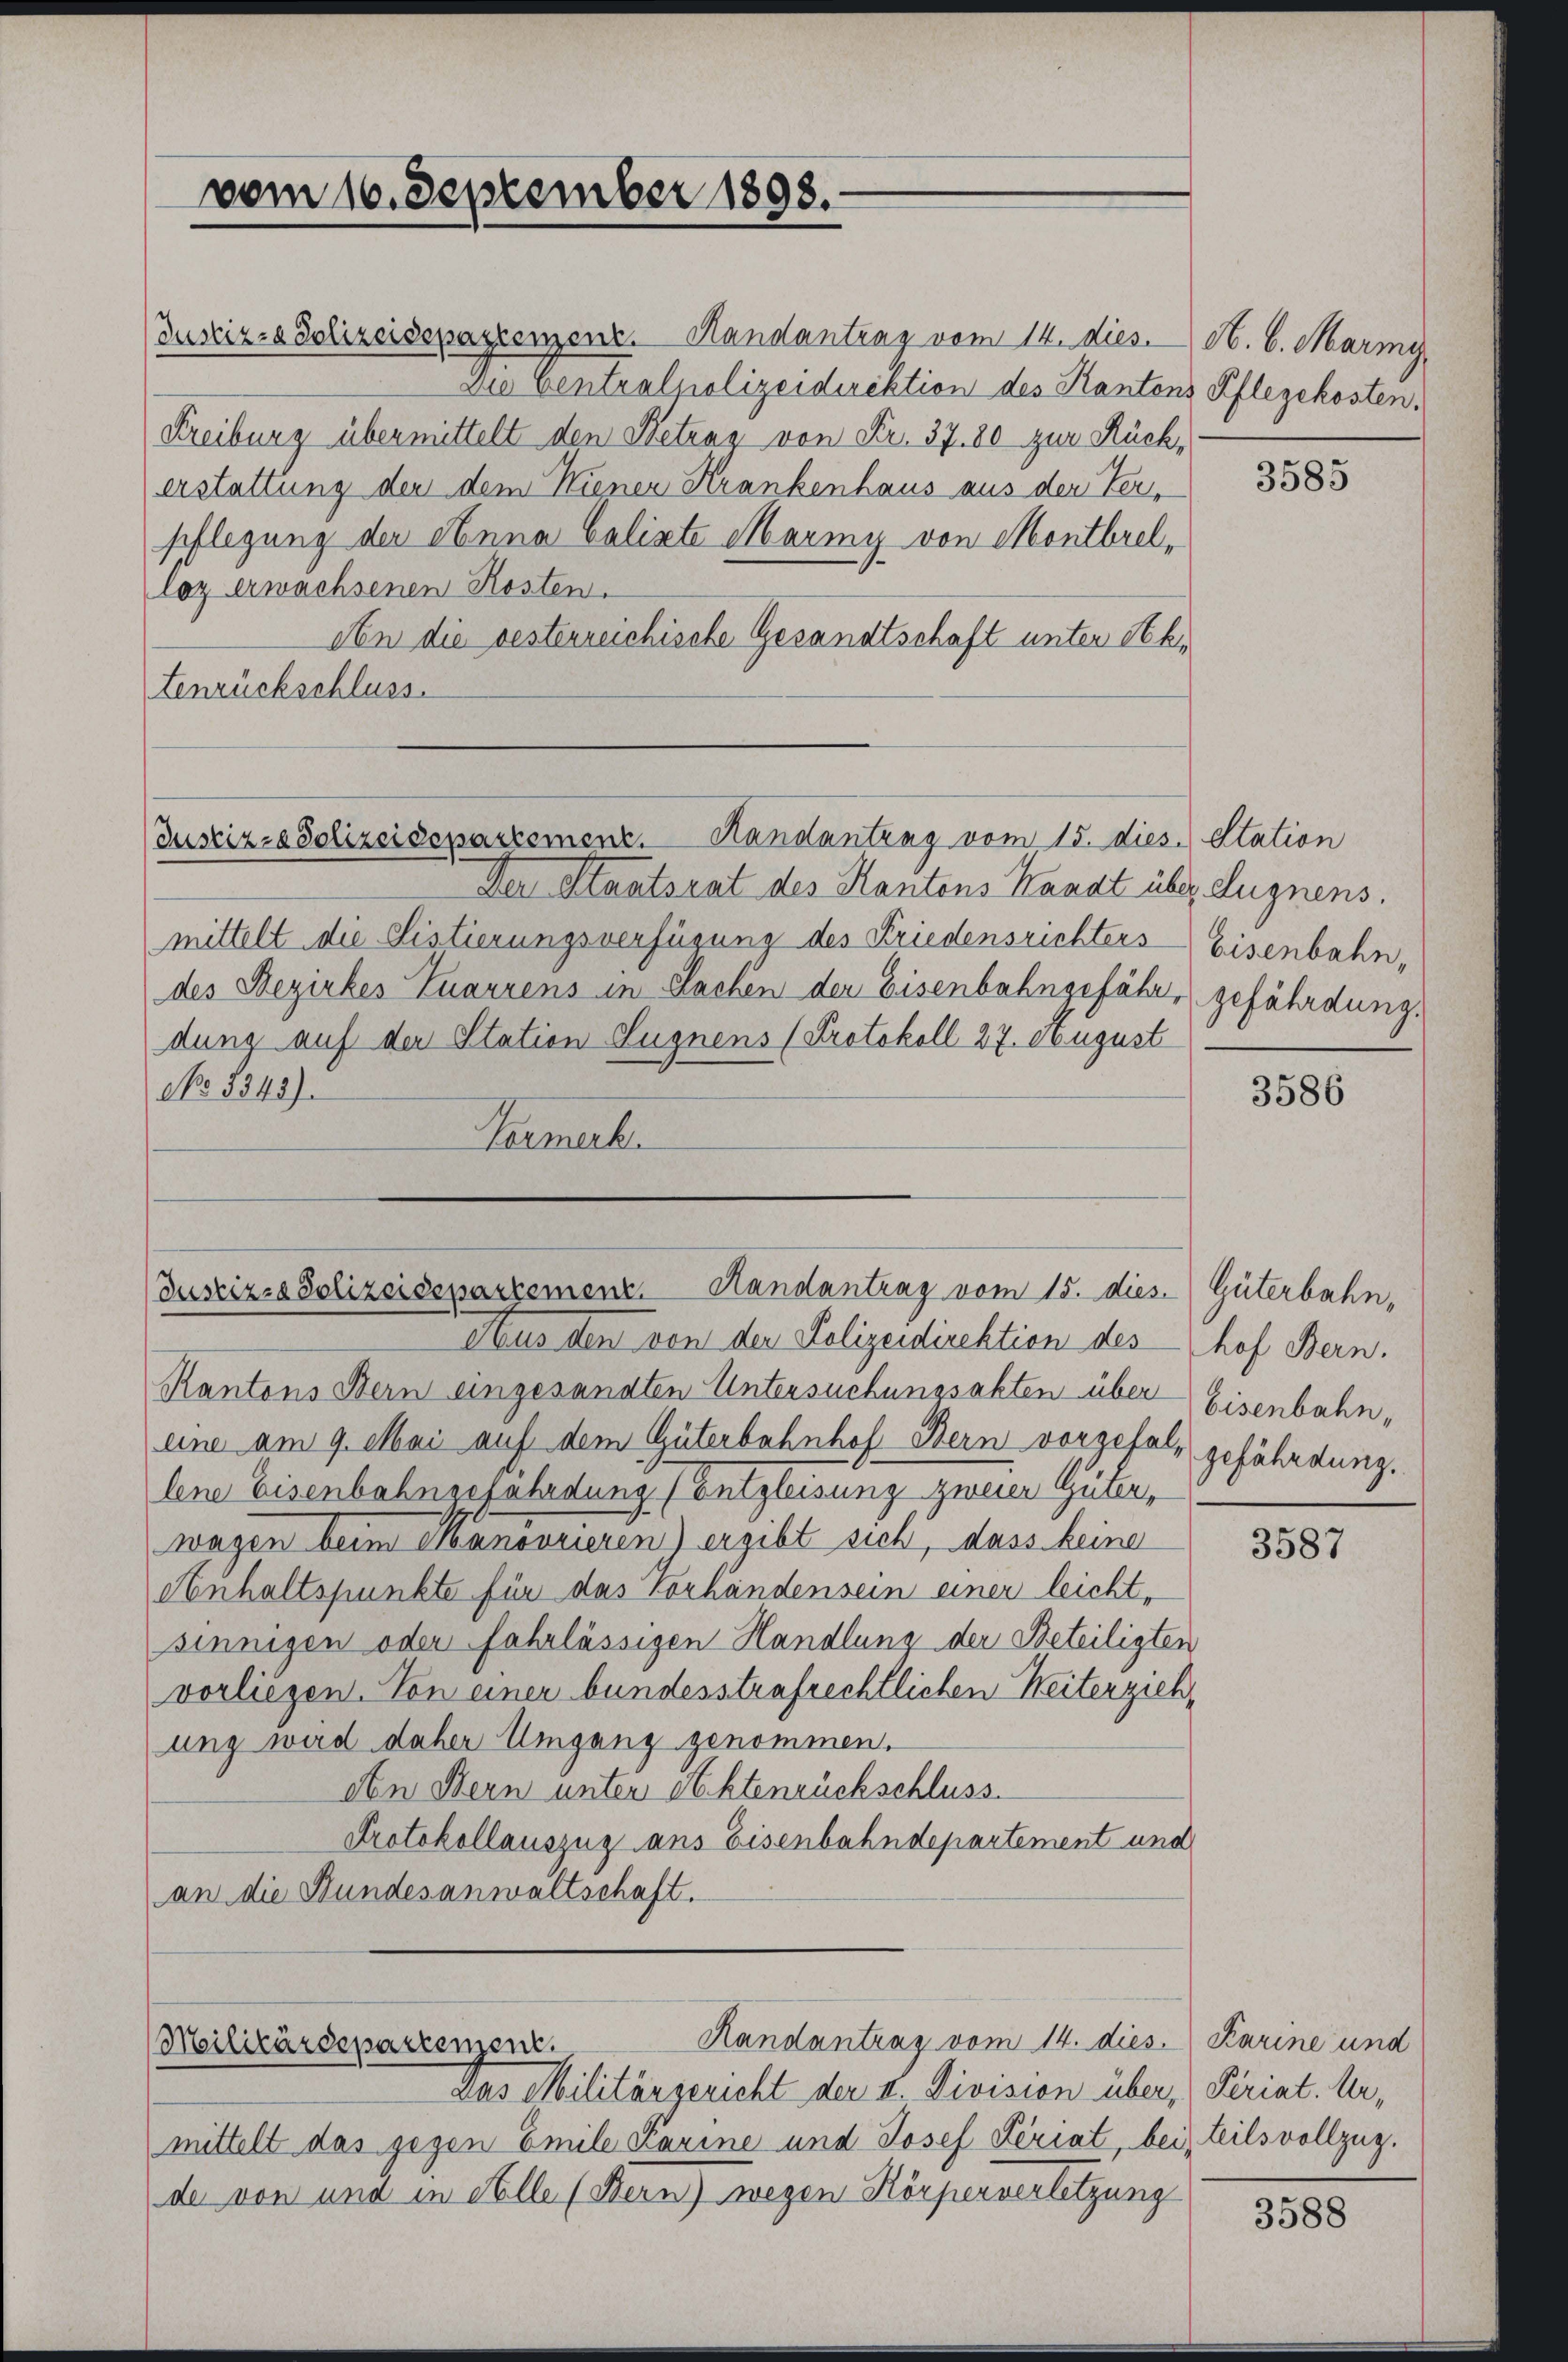
vom 16. September 1898.

Justiz- & Schreidepagrenzenz. Handantrag vom 14. dies. H. 6. Marmy,
Die ventralpolizeidirektion des Kantons Pflegekosten.
Freiburg übermittelt den Betrag von Fr. 37. 80 zur Rückerstattung der dem Wienen Krankenhaus aus der Versflegung der Anna Calixte Mariy von Montbrel¬
Coz erwachsenen Kosten.
An die besterreichische Gesandtschaft unter Sektenrückschluss.

Der Staatsrat des Kantons Kanat über Augnens.
mittelt die Sistierungsverfügung des Friedensrichters Eisenbahn,
des Bezirkes Zuarrens in Sachen der Eisenbahngefähr, gefährdung.
dung auf der Station Lugnens (Protokoll 27. August
No 8343).
Vermerk

Justiz- & Polizeidepartemenz. Handantrag vom 15. dies. Station

Justizse Polizeisepartement. Handantrag vom 15. dies. Güterbahn,

Aus den von der Polizeidirektion des hof Bern.
Kantons Bern eingesandten Untersuchungsakten über Eisenbahneine am 9. Mai auf dem Güterbahnhof Bern vorgefall gefährdung.
lene Eisenbahngefährdung (Entgleisung zweier Güter,
wagen beim Hanovrieren) ergibt sich, dass keine
Anhaltspunkte für das Vorhändensein einer leicht,
sinnigen oder fahrlässigen Handlung der Beteiligten
vorliegen. Von einer bundesstrafrechtlichen Weiterziehung wird daher Umgang genommen.
den Bern unter Aktenrückschluss.
Protokollauszug aus Eisenbahndepartement und
an die Bundesanwaltschaft.

Militärdepartenzen.
Das Militärgericht der II. Division über, Periat. Ur-

Handantrag vom 14. dies. Karine und

mittelt das gegen Emile Karine und Josef Feriat, bei teils vollzug.
de von und in Alle (Bern) wegen Körperverletzung

3585

3586

3587

3588